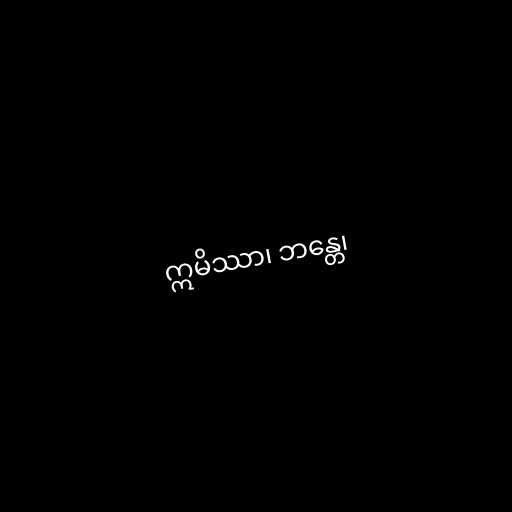
ဣမိဿာ၊ ဘန္တေ၊